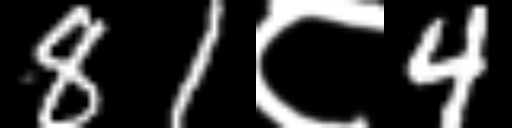
Text: 81८4